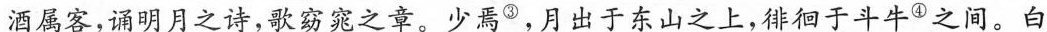
酒属客，诵明月之诗，歌窈窕之章。少焉^{③}，月出于东山之上，徘徊于斗牛^{④}之间。白